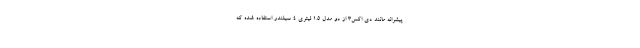
پیشرانه مانند دی اکس3 از دو مدل 1.5 لیتری 4 سیلندر استفاده شده که